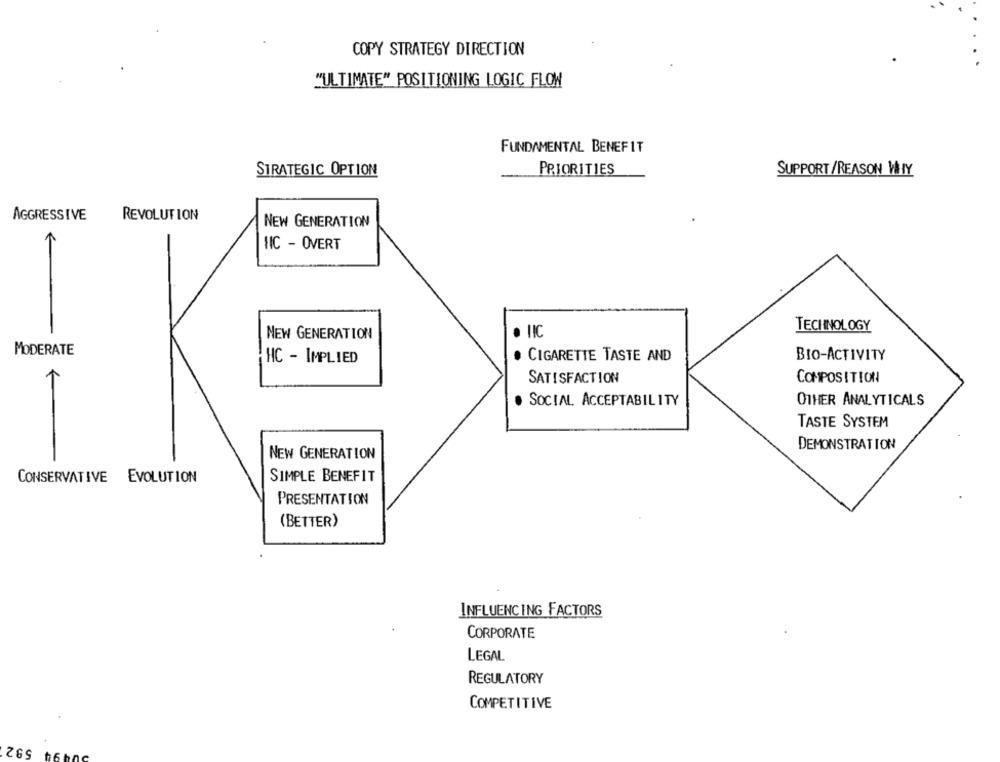
COPY STRATEGY DIRECTION
"ULTIMATE" POSITIONING LOGIC FLOW
FUNDAMENTAL BENEFIT
STRATEGIC OPTION
PRIORITIES
SUPPORT/REASON WHY
AGGRESSIVE
REVOLUTION
NEW GENERATION
HIC - OVERT
TECHNOLOGY
NEW GENERATION
IIC
MODERATE
CIGARETTE TASTE AND
BIO-ACTIVITY
HC - IMPLIED
SATISFACTION
COMPOSITION
. SOCIAL ACCEPTABILITY
OTHER ANALYTICALS
TASTE SYSTEM
-
DEMONSTRATION
NEW GENERATION
CONSERVATIVE EVOLUTION
SIMPLE BENEFIT
PRESENTATION
(BETTER)
INFLUENCING FACTORS
CORPORATE
LEGAL
REGULATORY
COMPETITIVE